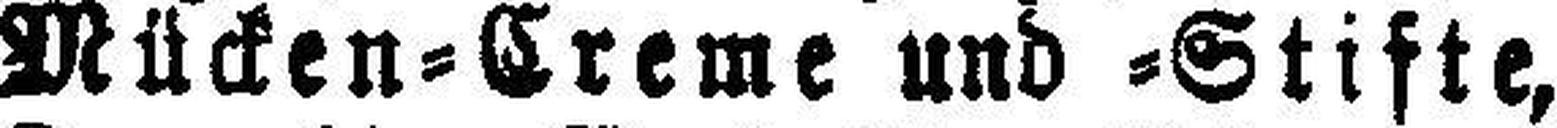
Mücken=Creme und =Stifte,